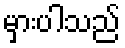
မှားပါသည်